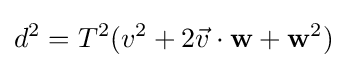
d^{2}=T^{2}(v^{2}+2{\vec {v}}\cdot \mathbf {w} +\mathbf {w} ^{2})